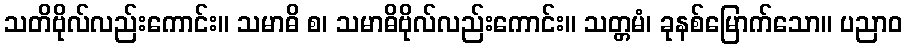
သတိဗိုလ်လည်းကောင်း။ သမာဓိ စ၊ သမာဓိဗိုလ်လည်းကောင်း။ သတ္တမံ၊ ခုနစ်မြောက်သော။ ပညာဝ